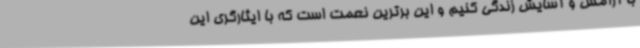
با آرامش و آسایش زندگی کنیم و این برترین نعمت است که با ایثارگری این